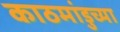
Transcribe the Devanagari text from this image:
काठमांडुच्या